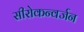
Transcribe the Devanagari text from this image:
सीरोकन्वर्जन